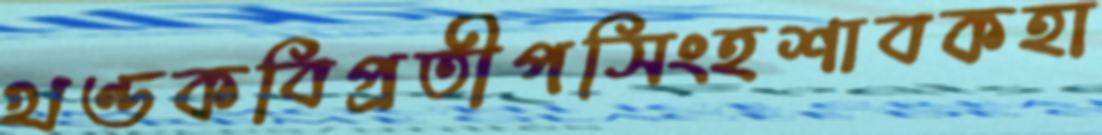
খণ্ডকবিপ্রতীপসিংহশাবকহা